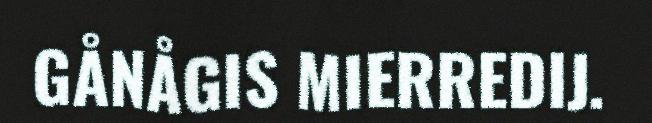
GÅNÅGIS MIERREDIJ.